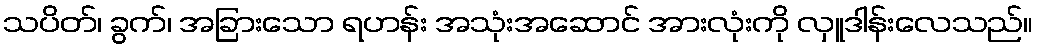
သပိတ်၊ ခွက်၊ အခြားသော ရဟန်း အသုံးအဆောင် အားလုံးကို လှူဒါန်းလေသည်။